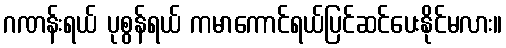
ဂဏန်းရယ် ပုစွန်ရယ် ကမာကောင်ရယ်ပြင်ဆင်ပေးနိုင်မလား။